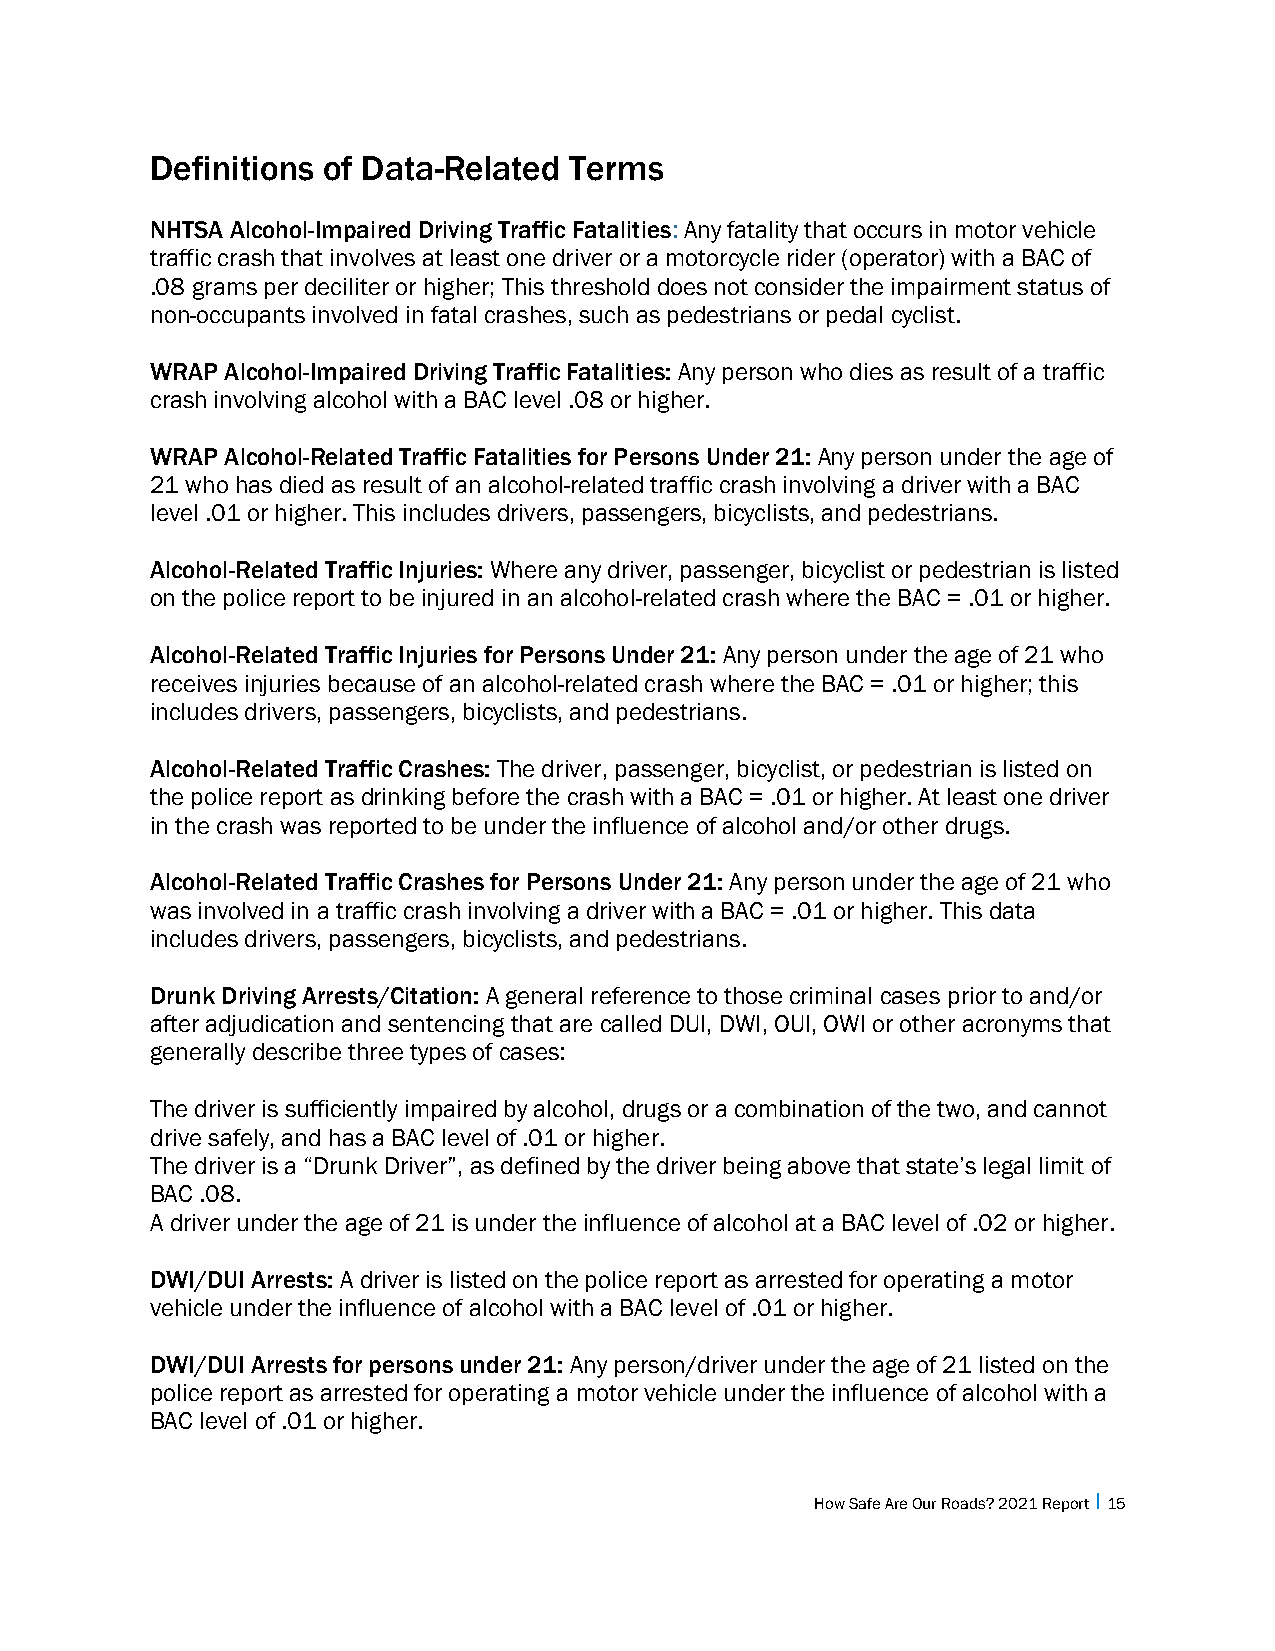
Definitions of Data-Related Terms
 NHTSA Alcohol-Impaired Driving Traffic Fatalities: Any fatality that occurs in motor vehicle
 traffic crash that involves at least one driver or a motorcycle rider (operator) with a BAC of
 .08 grams per deciliter or higher; This threshold does not consider the impairment status of
 non-occupants involved in fatal crashes, such as pedestrians or pedal cyclist.
 WRAP Alcohol-Impaired Driving Traffic Fatalities: Any person who dies as result of a traffic
 crash involving alcohol with a BAC level .08 or higher.
 WRAP Alcohol-Related Traffic Fatalities for Persons Under 21: Any person under the age of
 21 who has died as result of an alcohol-related traffic crash involving a driver with a BAC
 level .01 or higher. This includes drivers, passengers, bicyclists, and pedestrians.
 Alcohol-Related Traffic Injuries: Where any driver, passenger, bicyclist or pedestrian is listed
 on the police report to be injured in an alcohol-related crash where the BAC = .01 or higher.
 Alcohol-Related Traffic Injuries for Persons Under 21: Any person under the age of 21 who
 receives injuries because of an alcohol-related crash where the BAC = .01 or higher; this
 includes drivers, passengers, bicyclists, and pedestrians.
 Alcohol-Related Traffic Crashes: The driver, passenger, bicyclist, or pedestrian is listed on
 the police report as drinking before the crash with a BAC = .01 or higher. At least one driver
 in the crash was reported to be under the influence of alcohol and/or other drugs.
 Alcohol-Related Traffic Crashes for Persons Under 21: Any person under the age of 21 who
 was involved in a traffic crash involving a driver with a BAC = .01 or higher. This data
 includes drivers, passengers, bicyclists, and pedestrians.
 Drunk Driving Arrests/Citation: A general reference to those criminal cases prior to and/or
 after adjudication and sentencing that are called DUI, DWI, OUI, OWI or other acronyms that
 generally describe three types of cases:
 The driver is sufficiently impaired by alcohol, drugs or a combination of the two, and cannot
 drive safely, and has a BAC level of .01 or higher.
 The driver is a “Drunk Driver”, as defined by the driver being above that state’s legal limit of
 BAC .08.
 A driver under the age of 21 is under the influence of alcohol at a BAC level of .02 or higher.
 DWI/DUI Arrests: A driver is listed on the police report as arrested for operating a motor
 vehicle under the influence of alcohol with a BAC level of .01 or higher.
 DWI/DUI Arrests for persons under 21: Any person/driver under the age of 21 listed on the
 police report as arrested for operating a motor vehicle under the influence of alcohol with a
 BAC level of .01 or higher.
 How Safe Are Our Roads? 2021 Report I 15